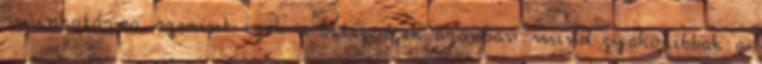
munkatársa szerint ezek a betegségek azonban mind gyakoribbak a